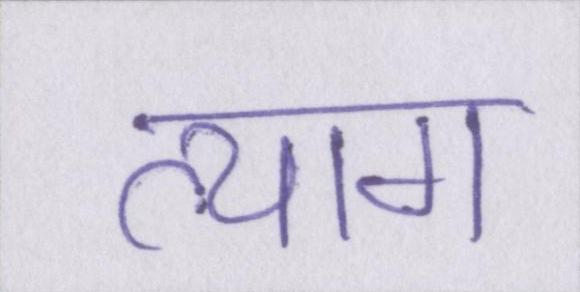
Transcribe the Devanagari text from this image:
त्याग